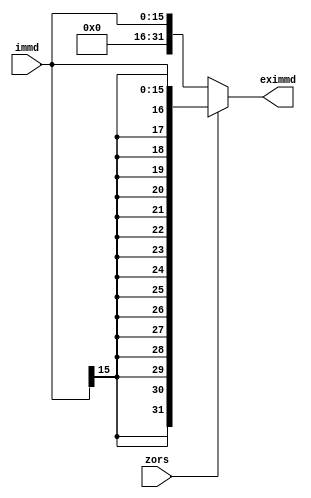
`timescale 1ns / 100ps
`default_nettype none

module immd_extender(
    input wire [15:0] immd,
    input wire zors,
    output wire [31:0] eximmd);

    assign eximmd = zors == 1'b0 ? {16'b0, immd} : { {16{immd[15]}}, immd};

endmodule 

`default_nettype wire